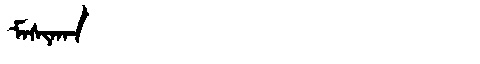
Manchu: ᠮᠠᠰᡳᡴᠠᠨ
Romanization: MASIKAN